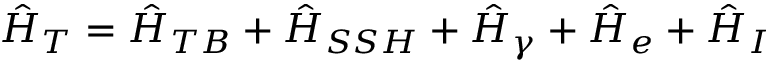
\hat { H } _ { T } = \hat { H } _ { T B } + \hat { H } _ { S S H } + \hat { H } _ { \gamma } + \hat { H } _ { e } + \hat { H } _ { I }